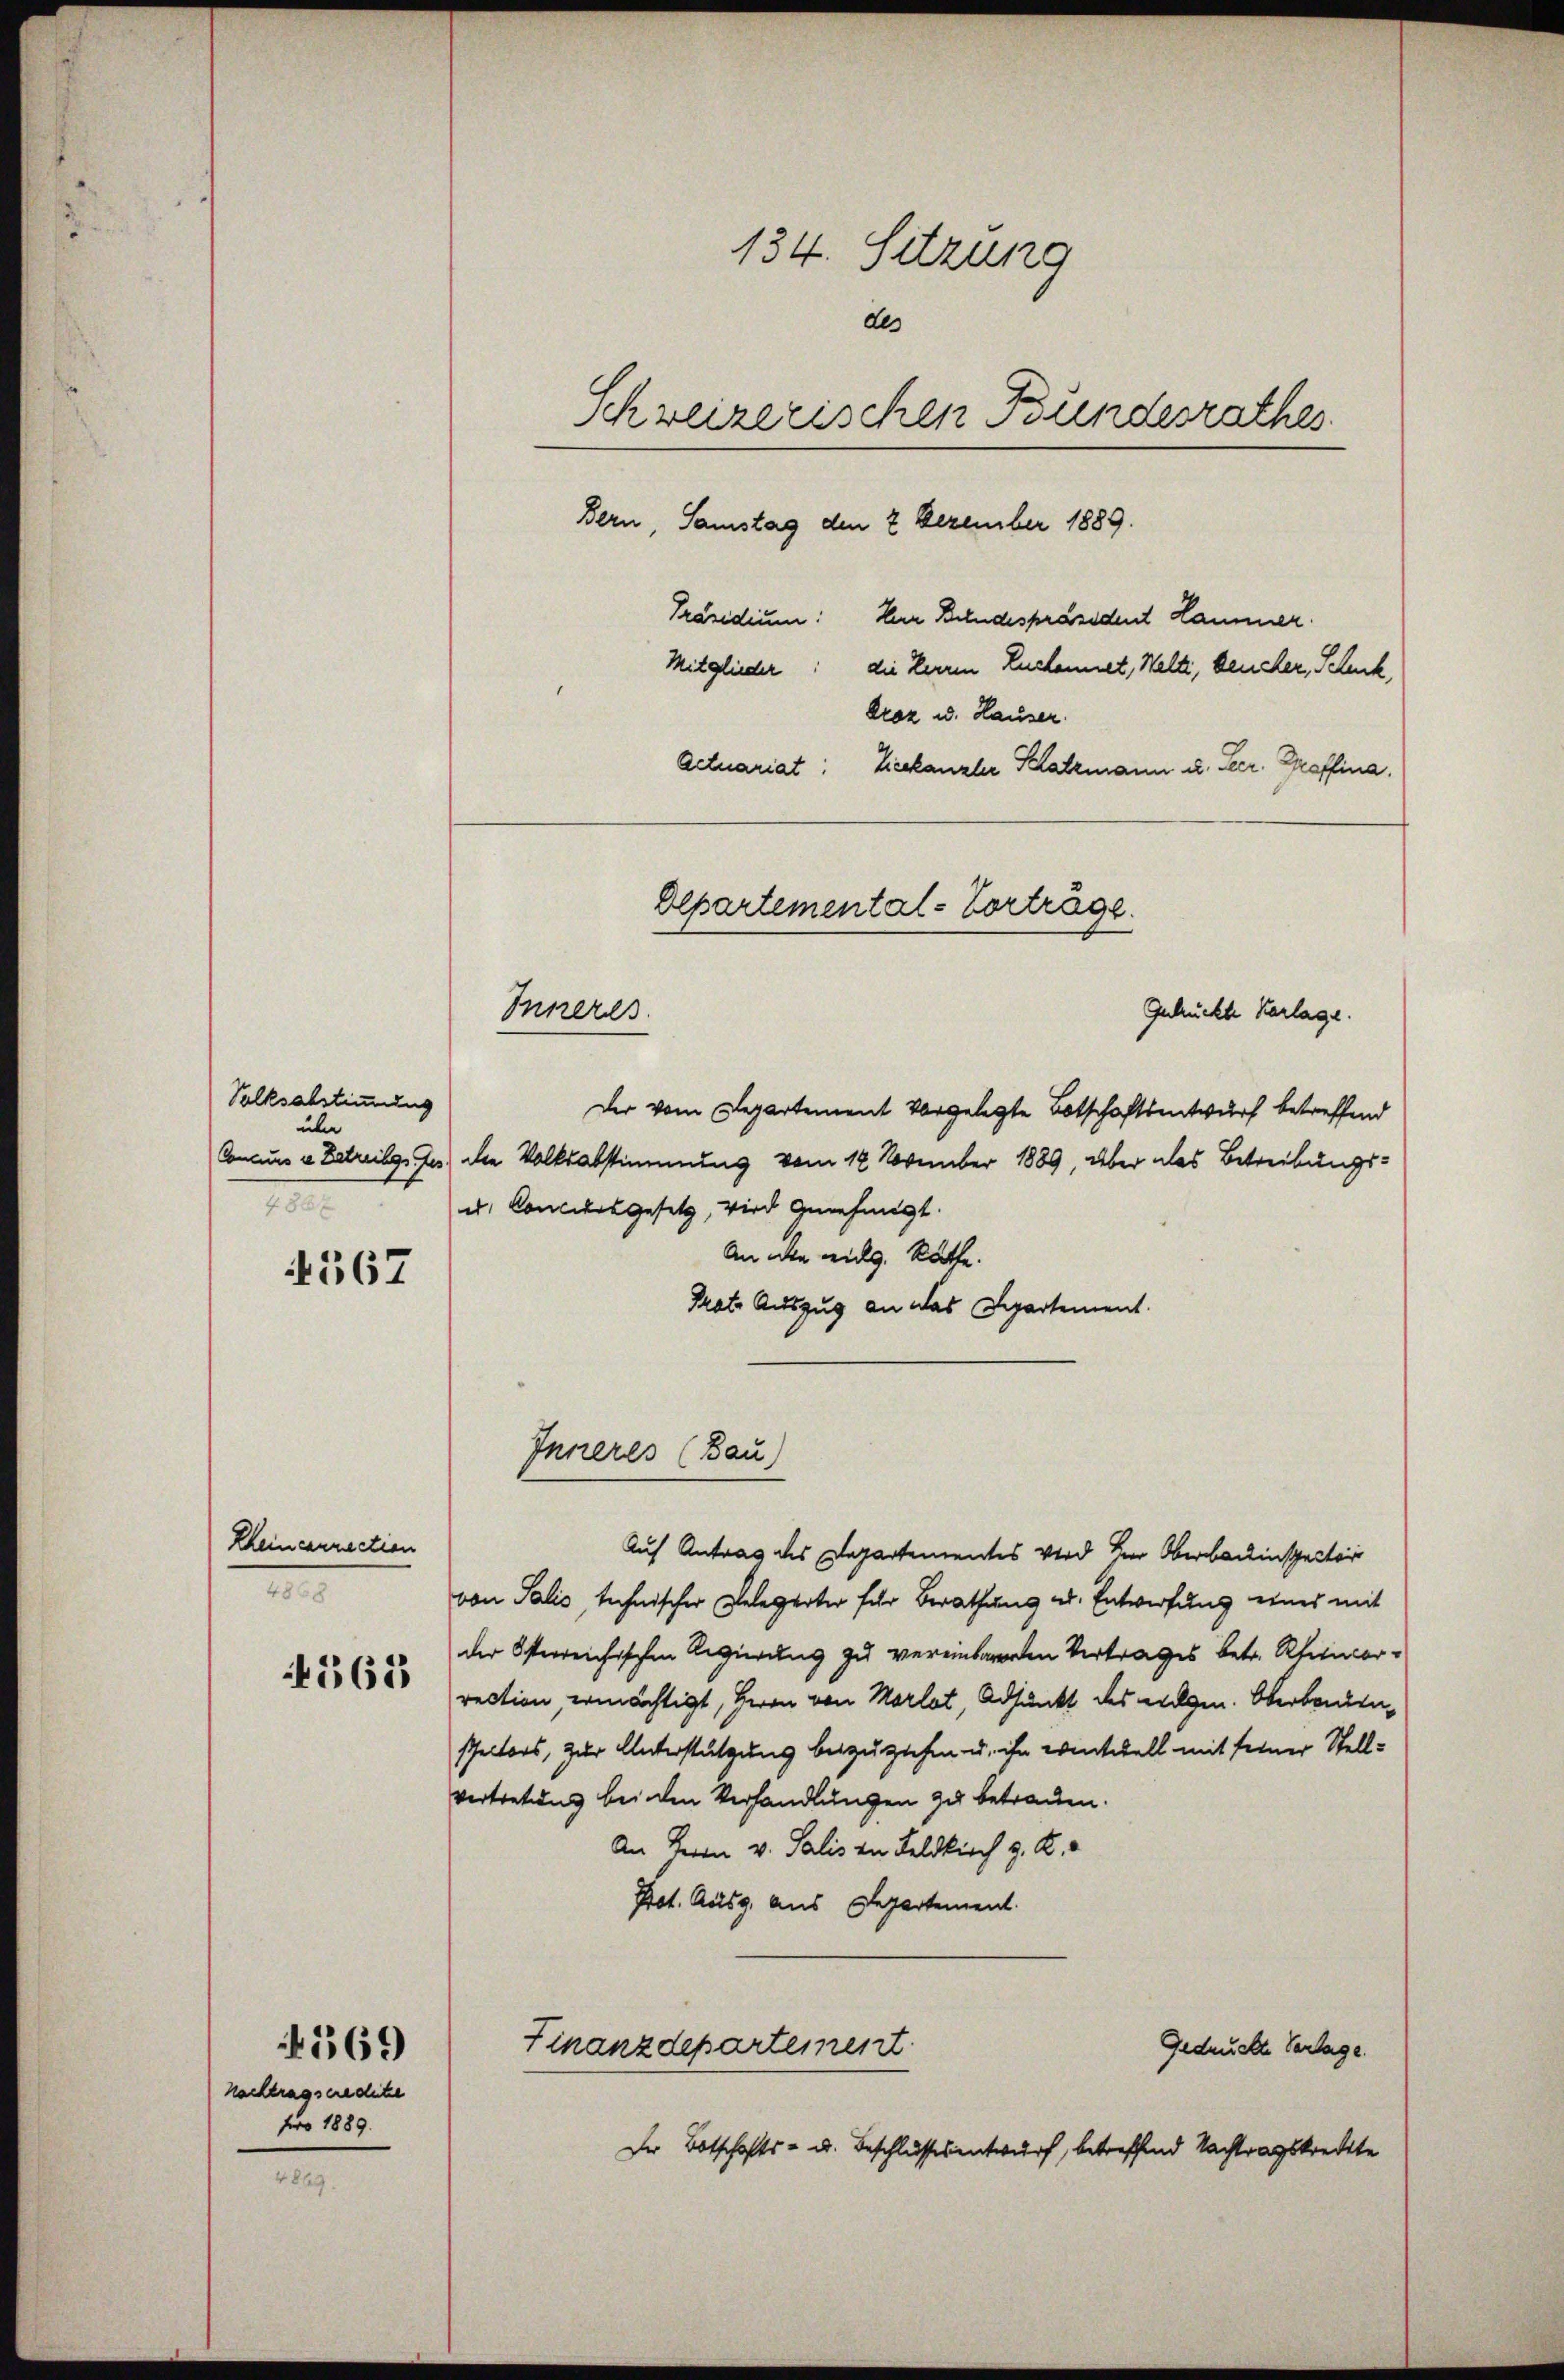
Solksabstimmung
über
III.

4567

Rheincenrection
868

565

Nachtragseredite
fro 1889.

569

134. Sitzung
des
Schweizerischen Bundesrathes.
Bern, Samstag den 2 Dezember 1889.
Präsidium. Herr Bundespräsident Hammer.
Mitglieder: die Herren Kuchennet, Welti, beucher, Scheck,
Droz u. Hauser.
Actuariat: Lieekanzler Platzmann u. Seer. Graffina

Der vom Departement vorgelegte Botschaftsentwurf betreffend
Concurs v. Betreibg. Jes) die Volksabstimmung vom 12 November 1889, über das Betreibungs¬
u. Concursgesetz, wird genehmigt.
An die wieg. Räthe.
Trate Auszug an das Departement.
Inneres (Bau)
Auf Antrag des Departementes wird Herr Oberbauinspector
von Salis, technischer Gelegerter für Berathung u. Entwerfung eines mit
der Osterreichischen Regierung zu vereinbareren Vertrages betr. Rheincorrection, ermächtigt, Herrn von Morlat, Adjunkt des wegen. Oberbandenspectors, zur Unterstützung beizugehen u. ihn einterell mit seiner Stellvertretung beiden Verhandlungen zu betrauen.
An Herrn v. Salis in Feldkirch z. R.
Prot. Ausg. aus Departement.
Finanzdepartement.
Gedruckte Verlage.
Der Botschafts- u. Beschlussesentwurf, betreffend Nachtragskredite

Gebrückte Verlage.
Inneres.

Departemental-Vorträge.